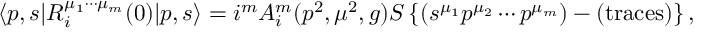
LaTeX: \langle p , s | R _ { i } ^ { \mu _ { 1 } \cdots \mu _ { m } } ( 0 ) | p , s \rangle = i ^ { m } A _ { i } ^ { m } ( p ^ { 2 } , \mu ^ { 2 } , g ) S \left\{ ( s ^ { \mu _ { 1 } } p ^ { \mu _ { 2 } } \cdots p ^ { \mu _ { m } } ) - ( \mathrm { t r a c e s } ) \right\} ,